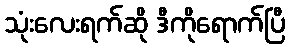
သုံးလေးရက်ဆို ဒီကိုရောက်ပြီ